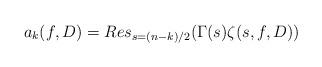
LaTeX: \begin{align*} a_k(f,D) = Res_{s = (n-k)/2} (\Gamma(s) \zeta(s, f, D))\end{align*}